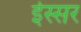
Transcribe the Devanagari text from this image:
ईस्सर